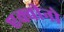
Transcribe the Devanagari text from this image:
एक्वीनो